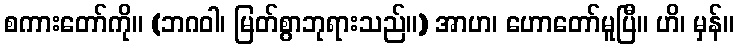
စကားတော်ကို။ (ဘဂဝါ၊ မြတ်စွာဘုရားသည်။) အာဟ၊ ဟောတော်မူပြီ။ ဟိ၊ မှန်။